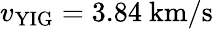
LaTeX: v_{\mathrm{YIG}}=3.84~\mathrm{km/s}